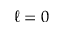
\ell = 0